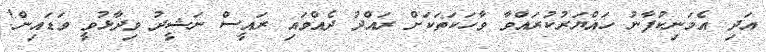
އަދި އެމަނިކުފާނު ހައްޔަރުކުރައްވާ ވާހަކަތަކަށް ރައްދު ދެއްވައި ރައީސް ނަޝީދު ވިދާޅުވީ ވަޑައިން!